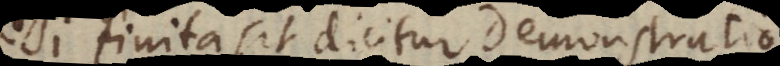
Si finita sit, dicitur Demonstratio